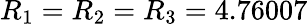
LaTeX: R_{1}=R_{2}=R_{3}=4.76007